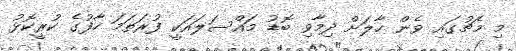
މި މެޗުގައި ވެން ހާލަށް ދިމާވި ބޮޑު މައްސަލައަކީ ފުރަތަމަ ހާފުގެ ކުރީކޮޅު